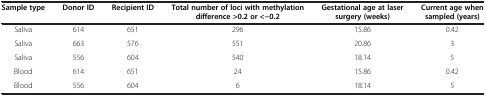
| Sample type | Donor ID | Recipient ID | Total number of loci with methylation difference >0.2 or <−0.2 | Gestational age at laser surgery (weeks) | Current age when sampled (years) |
 | --- | --- | --- | --- | --- | --- |
 | Saliva | 614 | 651 | 296 | 15.86 | 0.42 |
 | Saliva | 663 | 576 | 551 | 20.86 | 3 |
 | Saliva | 556 | 604 | 540 | 18.14 | 5 |
 | Blood | 614 | 651 | 24 | 15.86 | 0.42 |
 | Blood | 556 | 604 | 6 | 18.14 | 5 |